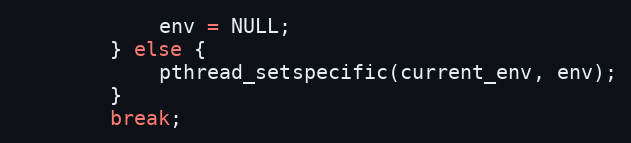
Language: C
            env = NULL;
        } else {
            pthread_setspecific(current_env, env);
        }
        break;